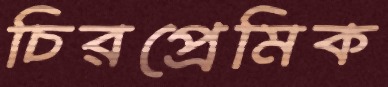
চিরপ্রেমিক